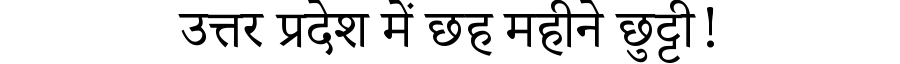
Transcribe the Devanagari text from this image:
उत्तर प्रदेश में छह महीने छुट्टी!